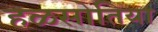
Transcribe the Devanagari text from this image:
हळसोतिया